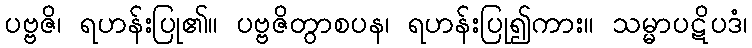
ပဗ္ဗဇိ၊ ရဟန်းပြု၏။ ပဗ္ဗဇိတွာစပန၊ ရဟန်းပြု၍ကား။ သမ္မာပဋိပဒံ၊